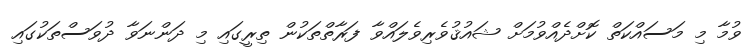
ވުމާ މި މަސައްކަތް ކޮށްދެއްވުމަށް ޝައުޤުވެރިވެލައްވާ ފަރާތްތަކުން ތިރީގައި މި ދަންނަވާ ދުވަސްތަކުގައި